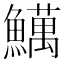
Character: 𫙽